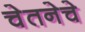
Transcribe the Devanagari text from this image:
चेतनेचे